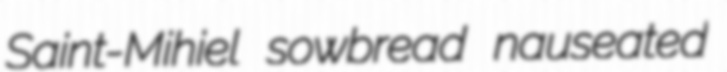
Saint-Mihiel sowbread nauseated